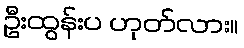
ဦးထွန်းပ ဟုတ်လား။